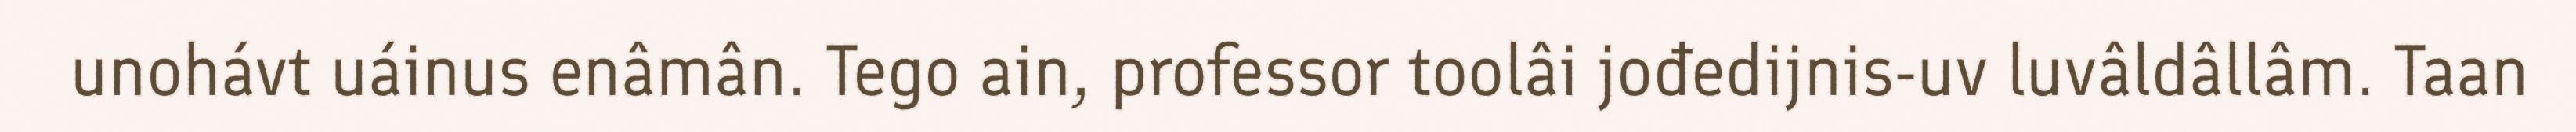
unohávt uáinus enâmân. Tego ain, professor toolâi jođedijnis-uv luvâldâllâm. Taan